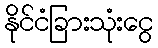
နိုင်ငံခြားသုံးငွေ